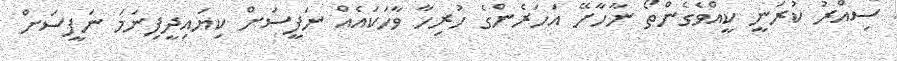
ސިއްރު ކުރަނީ ކީއްވެގެންތޯ ނާހާށޭ އަހަރެންގެ ހުރިހާ ވާހަކައެއް ނަފީސަށް ކިޔައިދީފިނަމަ ނަފީސަށް